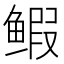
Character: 𫚥